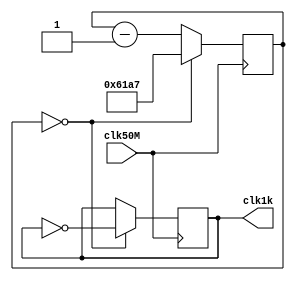
module clk_div(clk50M,clk1k);
reg [14:0] counter;
output reg clk1k;
input clk50M;
initial 
begin
    counter = 0;
    clk1k = 0;
end
always @(posedge clk50M) begin
    if (counter == 0) begin
        counter <= 24999;
        clk1k <= ~clk1k;
    end else begin
        counter <= counter -1;
    end
end
endmodule